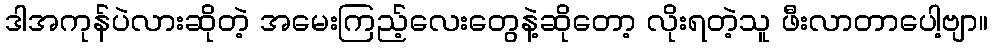
ဒါအကုန်ပဲလားဆိုတဲ့ အမေးကြည့်လေးတွေနဲ့ဆိုတော့ လိုးရတဲ့သူ ဖီးလာတာပေါ့ဗျာ။